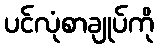
ပင်လုံစာချုပ်ကို